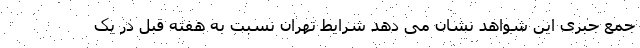
جمع جبری این شواهد نشان می دهد شرایط تهران نسبت به هفته قبل در یک